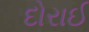
દોરાઈ